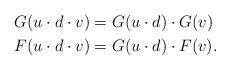
LaTeX: \begin{align*}G(u \cdot d \cdot v) & = G(u \cdot d) \cdot G(v)\\F(u\cdot d\cdot v) & = G(u \cdot d) \cdot F(v).\end{align*}